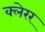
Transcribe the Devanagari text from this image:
क्लेरर